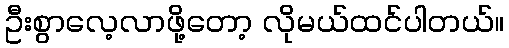
ဦးစွာလေ့လာဖို့တော့ လိုမယ်ထင်ပါတယ်။